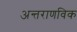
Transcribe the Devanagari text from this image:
अन्तराणविक